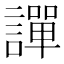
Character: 譂